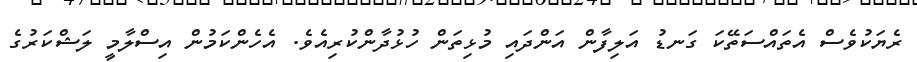
ރެޔަކުވެސް އެތައްސަތޭކަ ގަނޑު އަލިފާން އަންދައި މުޅިތަން ހުޅުދާންކުރިއެވެ. އެހެންކަމުން އިސްލާމީ ލަޝްކަރުގެ